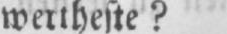
wertheste?